Lunatic asylums in Bengal annual reports 1888-1898 - 1888-1898
Year: 1888
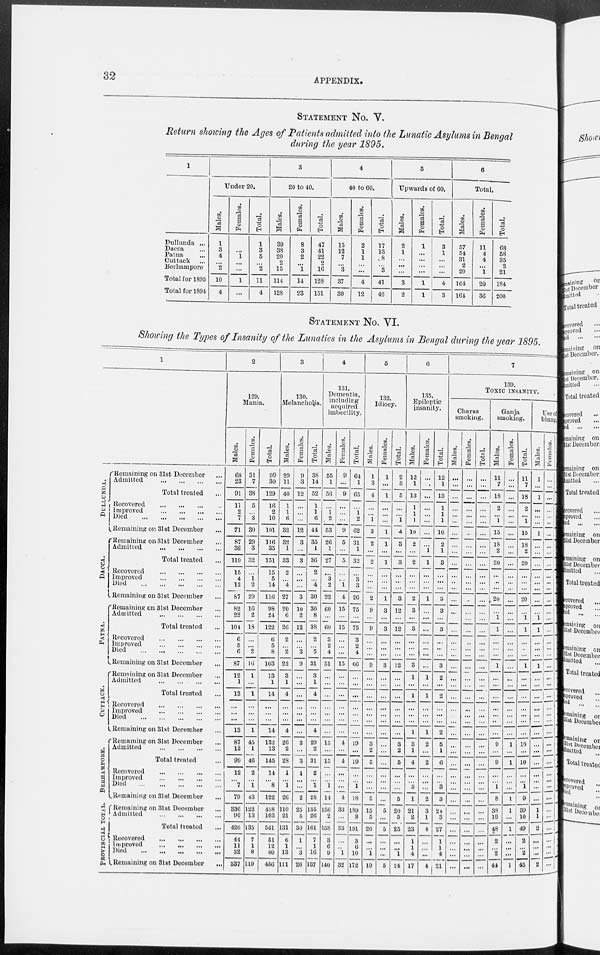
32
APPENDIX.
STATEMENT NO. V.
Return showing the Ages of Patients admitted into the Lunatic Asylums in Bengal
during the year 1895.
1
Dullunda ...
Dacca
Patna
Cuttack
Berhampore
Total for 1895
Total for 1894
Under 20.
Males.
1
3
4
...
2
10
4
Females.
...
...
1
...
...
1
...
Total.
1
3
5
...
2
11
4
3
20 to 40.
Males.
39
38
20
2
15
114
128
Females.
8
3
2
...
1
14
23
Total.
47
41
22
2
16
128
151
4
40 to GO.
Males.
15
12
7
...
3
37
30
Females.
2
1
1
...
...
4
12
Total.
17
13
8
...
3
41
42
5
Upwards of 60.
Males.
2
1
...
...
...
3
2
Females.
1
...
...
...
...
1
1
Total.
3
1
...
...
...
4
3
6
Total.
Males.
57
54
31
2
20
164
164
Females.
11
4
4
...
1
20
36
Total.
68
58
85
2
21
184
200
STATEMENT NO. VI.
Shotting the Types of Insanity of the Lunatics in the Asylums in Bengal during the year 1895.
1
DULLUNDA.
DACCA.
PATNA.
CUTTACK.
BERHAMPORE.
PROVINCIAL TOTAL.
Remaining on 31st December ...
Admitted
Total treated ...
Recovered
Improved
Died
Remaining on 31st December ...
Remaining on 31st December ...
Admitted
Total treated ...
Recovered
Improved
Died
Remaining on 31st December ...
Remaining on 31st December ...
Admitted
Total treated ...
Recovered
Improved
Died
Remaining on 31st December ...
Remnining on 31st December ...
Admitted
Total treated ...
| Recovered
Improved
Died
Remaining on 31st December ...
Remaining on 31st December ...
Admitted
Total treated ...
Recovered
Improved
Died
Remaining on 31st December ...
Remaining on 31st December ...
Admitted
|
Total treated ...
Recovered
...
Improved
Died
...
Remaining on 31st December
...
2
129.
Mania.
Males.
68
23
91
11
2
7
71
87
32
119
15
4
12
87
82
22
104
6
5
6
87
12
1
13
...
...
...
13
87
12
99
12
...
7
79
336
90
426
44
11
32
337
Females.
31
7
38
5
...
3
30
29
3
32
...
1 2
29
16
2
18
...
...
2
16
1
...
1
...
...
...
1
45
1
46
2
...
1
43
122
13
135
7
1
8
119
Total.
99
30
129
16
2
10
101
116
35
151
15
5
14
116
98
24
122
6
5
8
103
13
1
14
...
...
...
14
132
13
145
14
...
8
122
458
103
561
51
12
40
456
3
130.
Melancholia.
Males.
29
11
40
1
1
6
32
32
1
33
2
...
4
27
20
6
26
2
...
2
22
3
1
4
...
...
...
4
26
2
28
1
...
1
26
110
21
131
6
1
13
111
Females.
9
3
12
...
...
...
12
3
...
3
...
...
...
3
10
2
12
...
...
3
9
...
...
...
...
...
...
...
3
...
3
1
...
...
2
25
5
30
1
...
3
20
Total.
38
14
52
1
1
6
44
35
1
36
2
...
4
30
30
8
38
2
...
5
31
3
1
4
...
...
...
4
29
2
31
2
...
1
28
135
26
161
7
1
16
137
4
131.
Dementia,
including
acquired
imbecility.
Males.
55
1
56
...
1
2
53
26
1
27
...
3
2
22
60
...
60
3
2
4
51
...
...
...
...
...
...
...
15
...
15
...
...
1
11
156
2
158
3
6
9
140
Females.
9
...
9
...
...
...
9
5
...
5
...
...
1
4
15
...
15
...
...
...
15
...
...
...
...
...
...
...
4
...
4
...
...
...
4
33
...
33
...
...
1
32
Total.
64
1
65
...
1
2
62
31
1
32
...
3
3
26
75
...
75
3
2
4
66
...
...
...
...
...
...
...
19
...
19
...
...
1
18
189
2
191
3
6
10
172
5
132.
Idiocy.
Males.
1
3
4
...
...
1
3
2
...
2
...
...
...
2
9
...
9
...
...
...
9
...
...
...
...
...
...
...
3
2
5
...
...
...
5
15
5
20
...
...
1
19
Females.
1
...
1
...
...
...
1
1
...
1
...
...
...
1
3
...
3
...
...
...
3
...
...
...
...
...
...
...
...
...
...
...
...
...
5
...
5
...
...
...
5
Total.
2
3
5
...
...
1
4
3
...
3
...
...
...
3
12
...
12
...
...
...
12
...
...
...
...
...
...
...
3
2
5
...
...
...
5
20
5
25
...
...
1
24
6
135.
Epileptic
insanity.
Males.
12
1
13
1
1
1
10
2
...
2
...
...
...
2
3
...
3
...
...
...
3
1
...
1
...
...
...
1
3
1
4
...
...
3
1
21
2
23
1
1
4
17
Females.
...
...
...
...
...
...
...
...
1
1
...
...
...
l
...
...
...
...
...
...
...
l
...
1
...
...
...
l
2
...
2
...
...
...
2
3
1
4
...
...
...
4
Total.
12
1
13
1
1
1
10
2
1
3
...
...
...
3
3
...
3
...
..
...
3
2
...
2
...
...
...
2
5
1
6
...
...
3
3
24
3
27
1
1
4
21
7
139.
TOXIC INSANITY.
Chaws
smoking.
Males.
...
...
...
...
...
...
...
...
...
...
...
..
...
...
...
...
...
...
...
...
...
...
...
...
...
...
...
...
...
...
...
...
...
...
...
...
...
...
...
...
...
...
Females.
...
...
...
...
...
...
...
...
...
...
...
...
...
...
...
...
...
...
...
...
...
...
...
...
...
...
...
...
...
...
...
...
...
...
...
...
...
...
...
...
...
...
Total.
...
...
...
...
...
...
...
...
...
...
...
...
...
...
...
...
...
...
...
...
...
...
...
...
...
...
...
...
...
...
...
...
...
...
...
...
...
...
...
...
...
...
Ganja
smoking.
Males.
11
7
18
2
...
1
15
18
2
20
...
...
...
20
...
1
1
...
...
...
1
...
...
...
...
...
...
...
9
...
9
...
...
1
8
38
10
48
2
...
2
44
Females.
...
...
...
...
...
...
...
...
...
...
...
...
...
...
...
...
...
...
...
...
...
...
...
...
...
...
...
...
1
...
1
...
...
...
1
1
...
1
...
...
...
1
Total.
11
7
18
2
...
1
15
18
2
20
...
...
...
20
...
1
1
...
...
...
1
...
...
...
...
...
...
...
10
...
10
...
...
1
9
39
...
49
2
...
...
45
Use of
bhang.
Males.
1
...
1
...
...
...
1
...
...
...
...
...
...
...
...
...
1
...
...
...
1
...
...
...
...
...
...
...
...
...
...
...
...
...
...
1
1
2
...
...
...
2
Females.
...
...
...
...
...
...
...
...
...
...
...
...
...
...
...
...
...
...
...
...
...
...
...
...
...
...
...
...
...
...
...
...
...
...
...
...
...
...
...
...
...
...